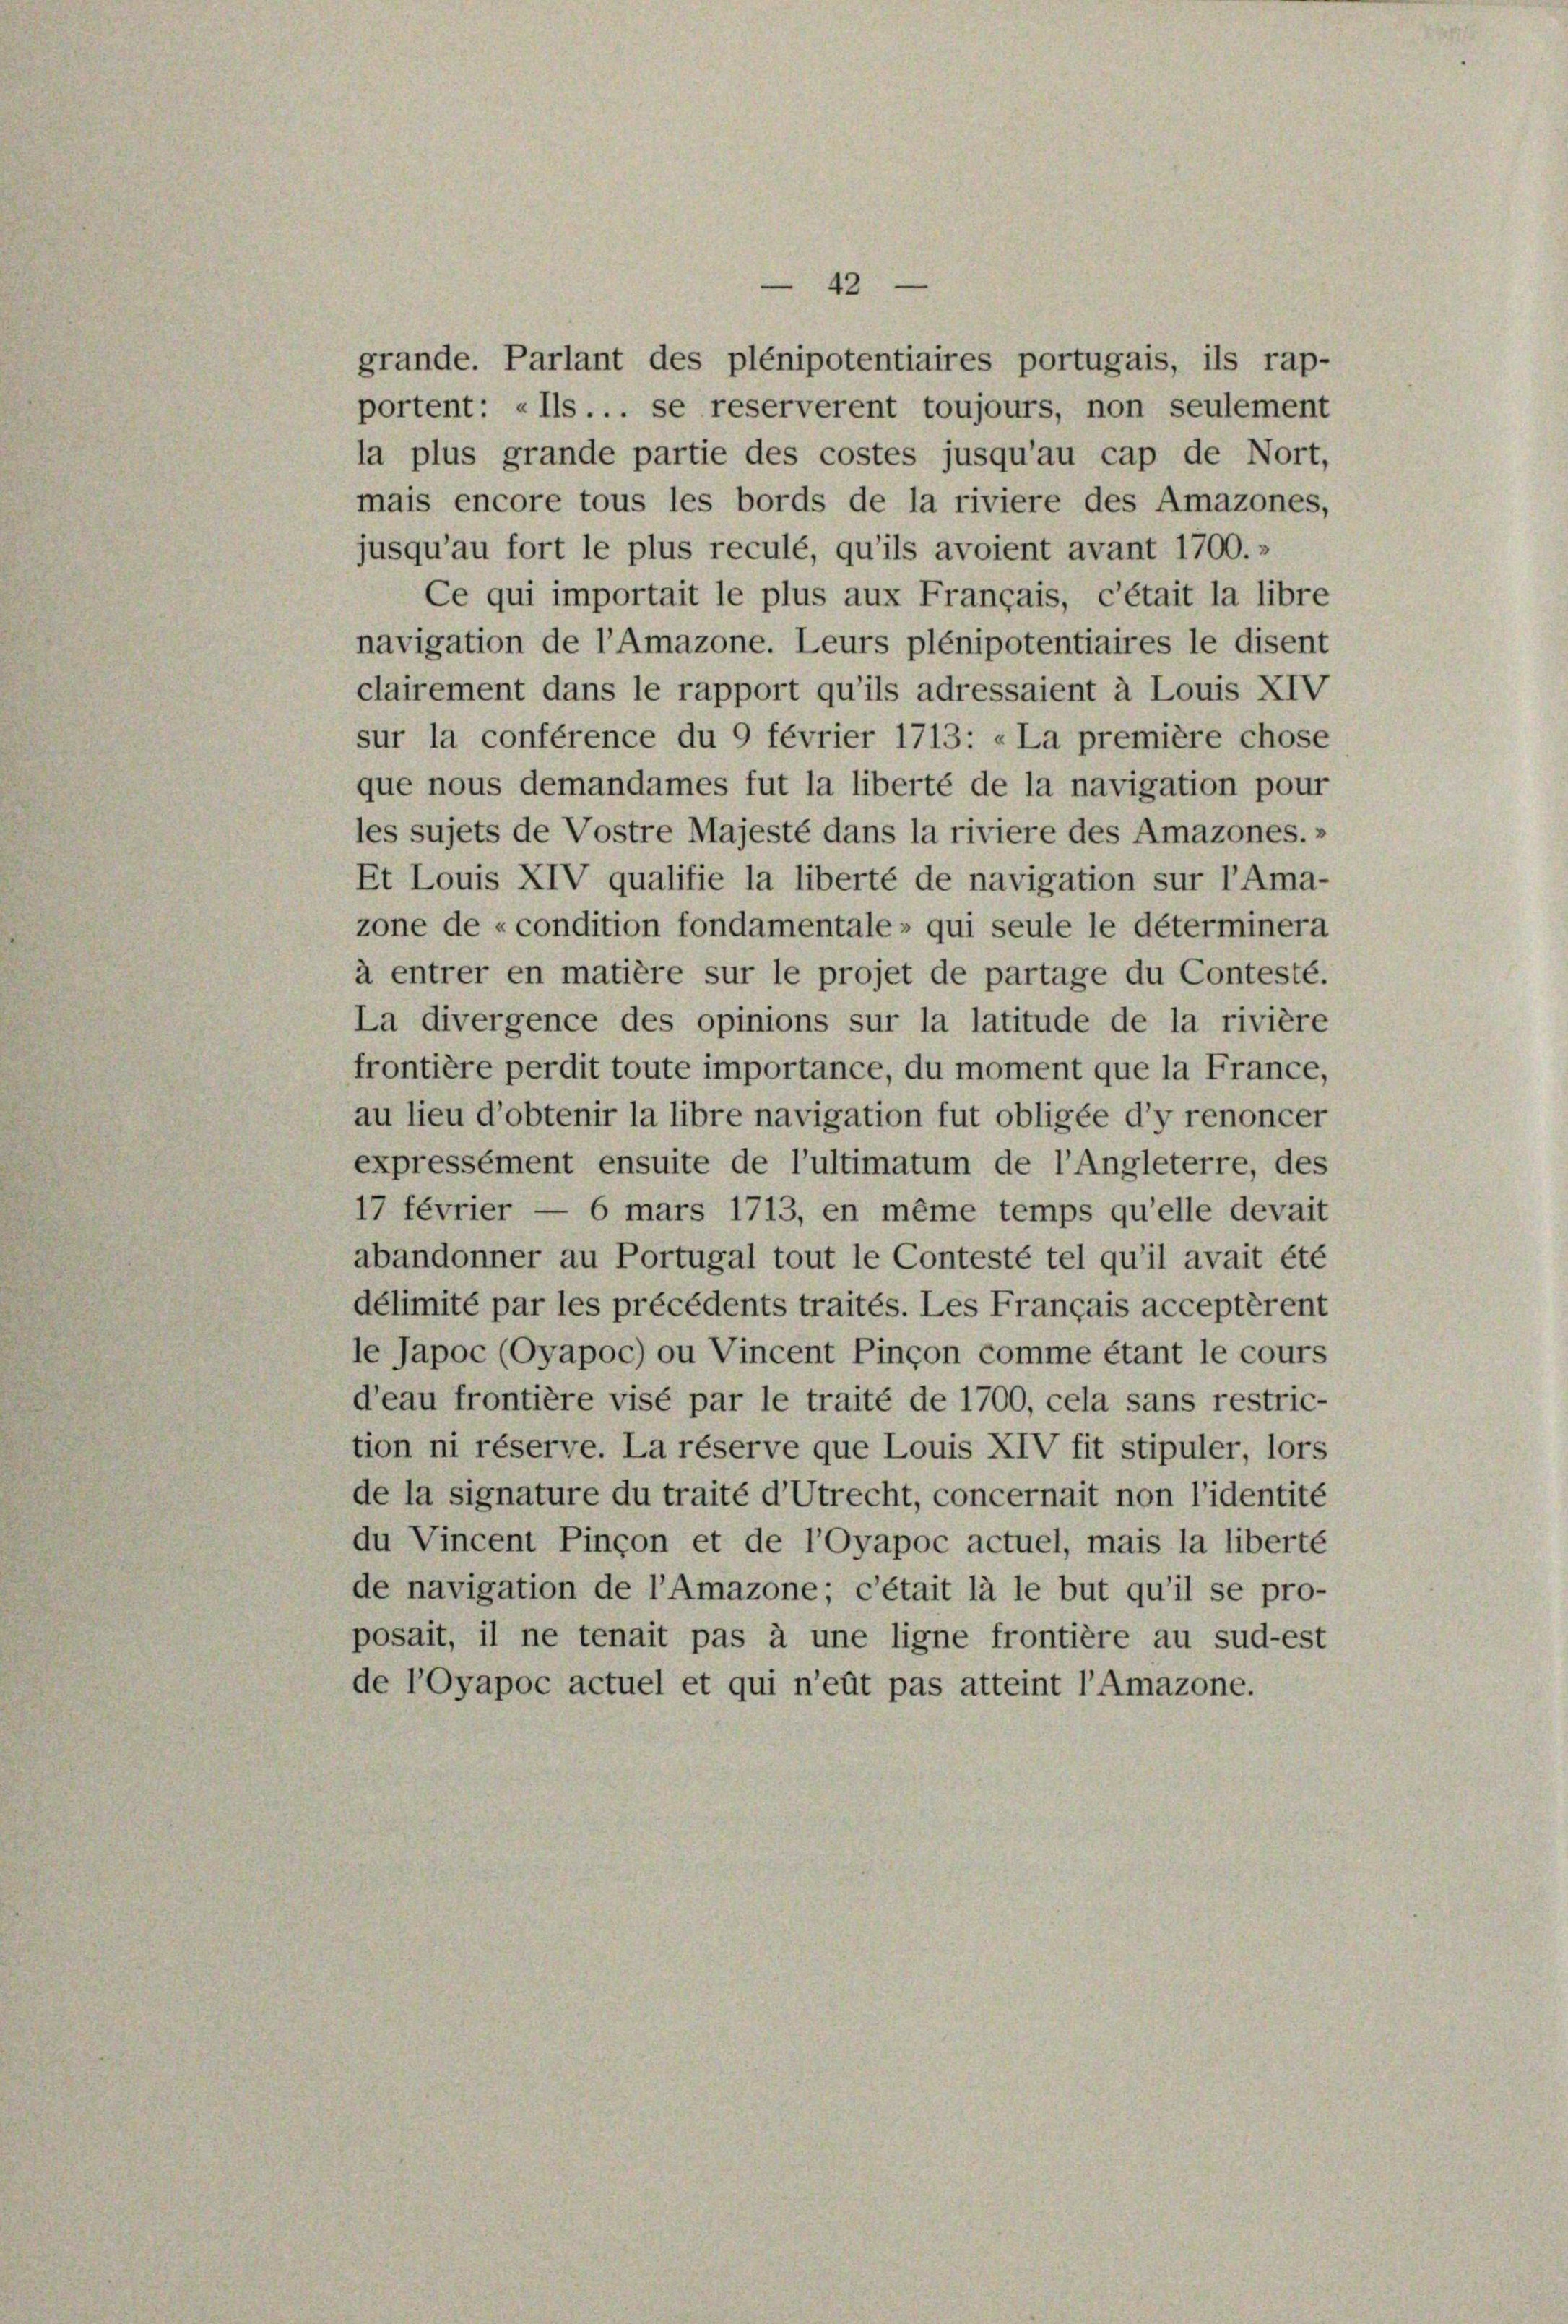
grande. Parlant des plénipotentiaires portugais, ils rap-
portent: «Ils ... se reserverent toujours, non seulement
la plus grande partie des costes jusqu’au cap de Nort,
mais encore tous les bords de la riviere des Amazones,
jusqu’au fort le plus reculé, qu’ils avoient avant 1700.-
Ce qui importait le plus aux Français, c’était la libre
navigation de l’Amazone. Leurs plénipotentiaires le disent
clairement dans le rapport qu’ils adressaient à Louis XIV
sur la conférence du 9 février 1713: «La première chose
que nous demandames fut la liberté de la navigation pour
les sujets de Vostre Majesté dans la riviere des Amazones.»
Et Louis XIV qualifie la liberté de navigation sur l’Ama-
zone de «condition fondamentale» qui seule le déterminera
à entrer en matière sur le projet de partage du Contesté.
La divergence des opinions sur la latitude de la rivière
frontière perdit toute importance, du moment que la France,
au lieu d’obtenir la libre navigation fut obligée d’y renoncer
expressément ensuite de l’ultimatum de l’Angleterre, des
17 février — 6 mars 1713, en même temps qu’elle devait
abandonner au Portugal tout le Contesté tel qu’il avait été
délimité par les précédents traités. Les Français acceptèrent
le Japoc (Oyapoc) ou Vincent Pinçon comme étant le cours
d’eau frontière visé par le traité de 1700, cela sans restric-
tion ni réserve. La réserve que Louis XIV fit stipuler, lors
de la signature du traité d’Utrecht, concernait non l’identité
du Vincent Pinçon et de l’oyapoc actuel, mais la liberté
de navigation de l’Amazone; c’était la le but qu’il se pro-
posait, il ne tenait pas à une ligne frontière au sud-est
de loyapoc actuel et qui n’eût pas atteint l’Amazone.

42